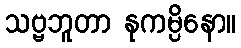
သဗ္ဗဘူတာ နုကမ္ပိနော။